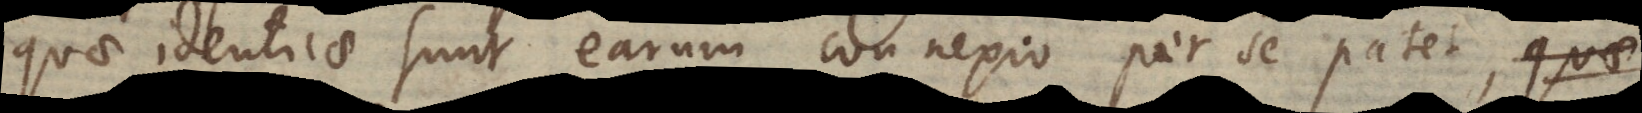
quae identicae sunt earum connexio per se patet., quae